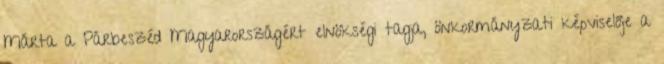
Márta a Párbeszéd Magyarországért elnökségi tagja, önkormányzati képviselője a